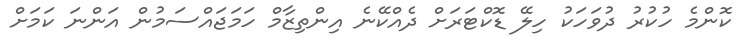
ކޮންމެ ހުކުރު ދުވަހަކު ހިލޭ ޑޮކްޓަރަށް ދެއްކޭނެ އިންތިޒާމް ހަމަޖައްސަމުން އަންނަ ކަމަށް